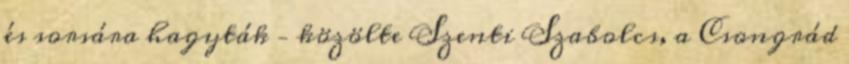
és sorsára hagyták – közölte Szenti Szabolcs, a Csongrád